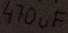
Text: 470µF